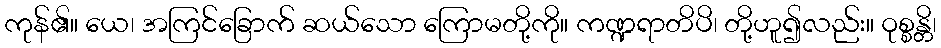
ကုန်၏။ ယေ၊ အကြင်ခြောက် ဆယ်သော ကြောမတို့ကို။ ကဏ္ဍရာတိပိ၊ တို့ဟူ၍လည်း။ ဝုစ္စန္တိ၊